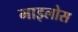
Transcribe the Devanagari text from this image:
माइलोस